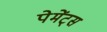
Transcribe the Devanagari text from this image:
पेमेंट्‌स